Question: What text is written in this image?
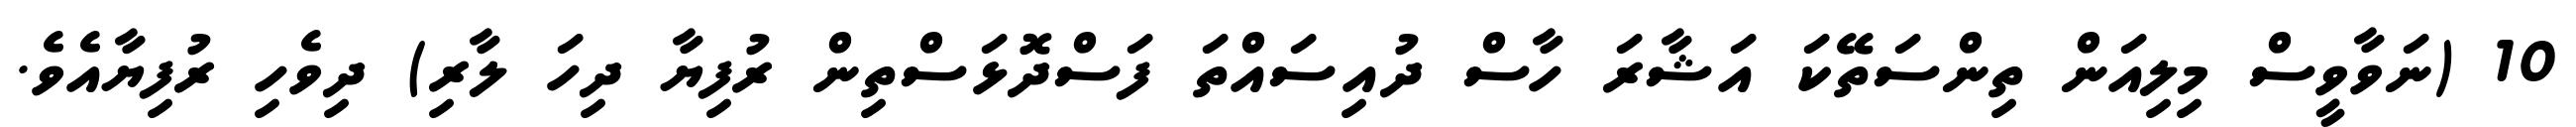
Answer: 10 (ނަވާވީސް މިލިއަން ތިންސަތޭކަ އަޝާރަ ހާސް ދުއިސައްތަ ފަސްދޮޅަސްތިން ރުފިޔާ ދިހަ ލާރި) ދިވެހި ރުފިޔާއެވެ.